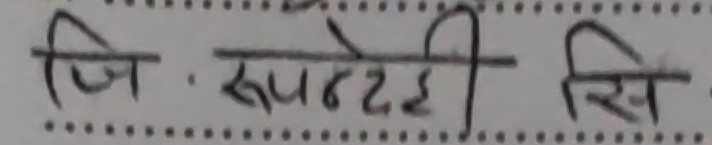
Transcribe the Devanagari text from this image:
जि. रूपन्देही सि.